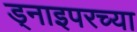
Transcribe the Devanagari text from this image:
ड्नाइपरच्या